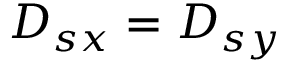
D _ { s x } = D _ { s y }